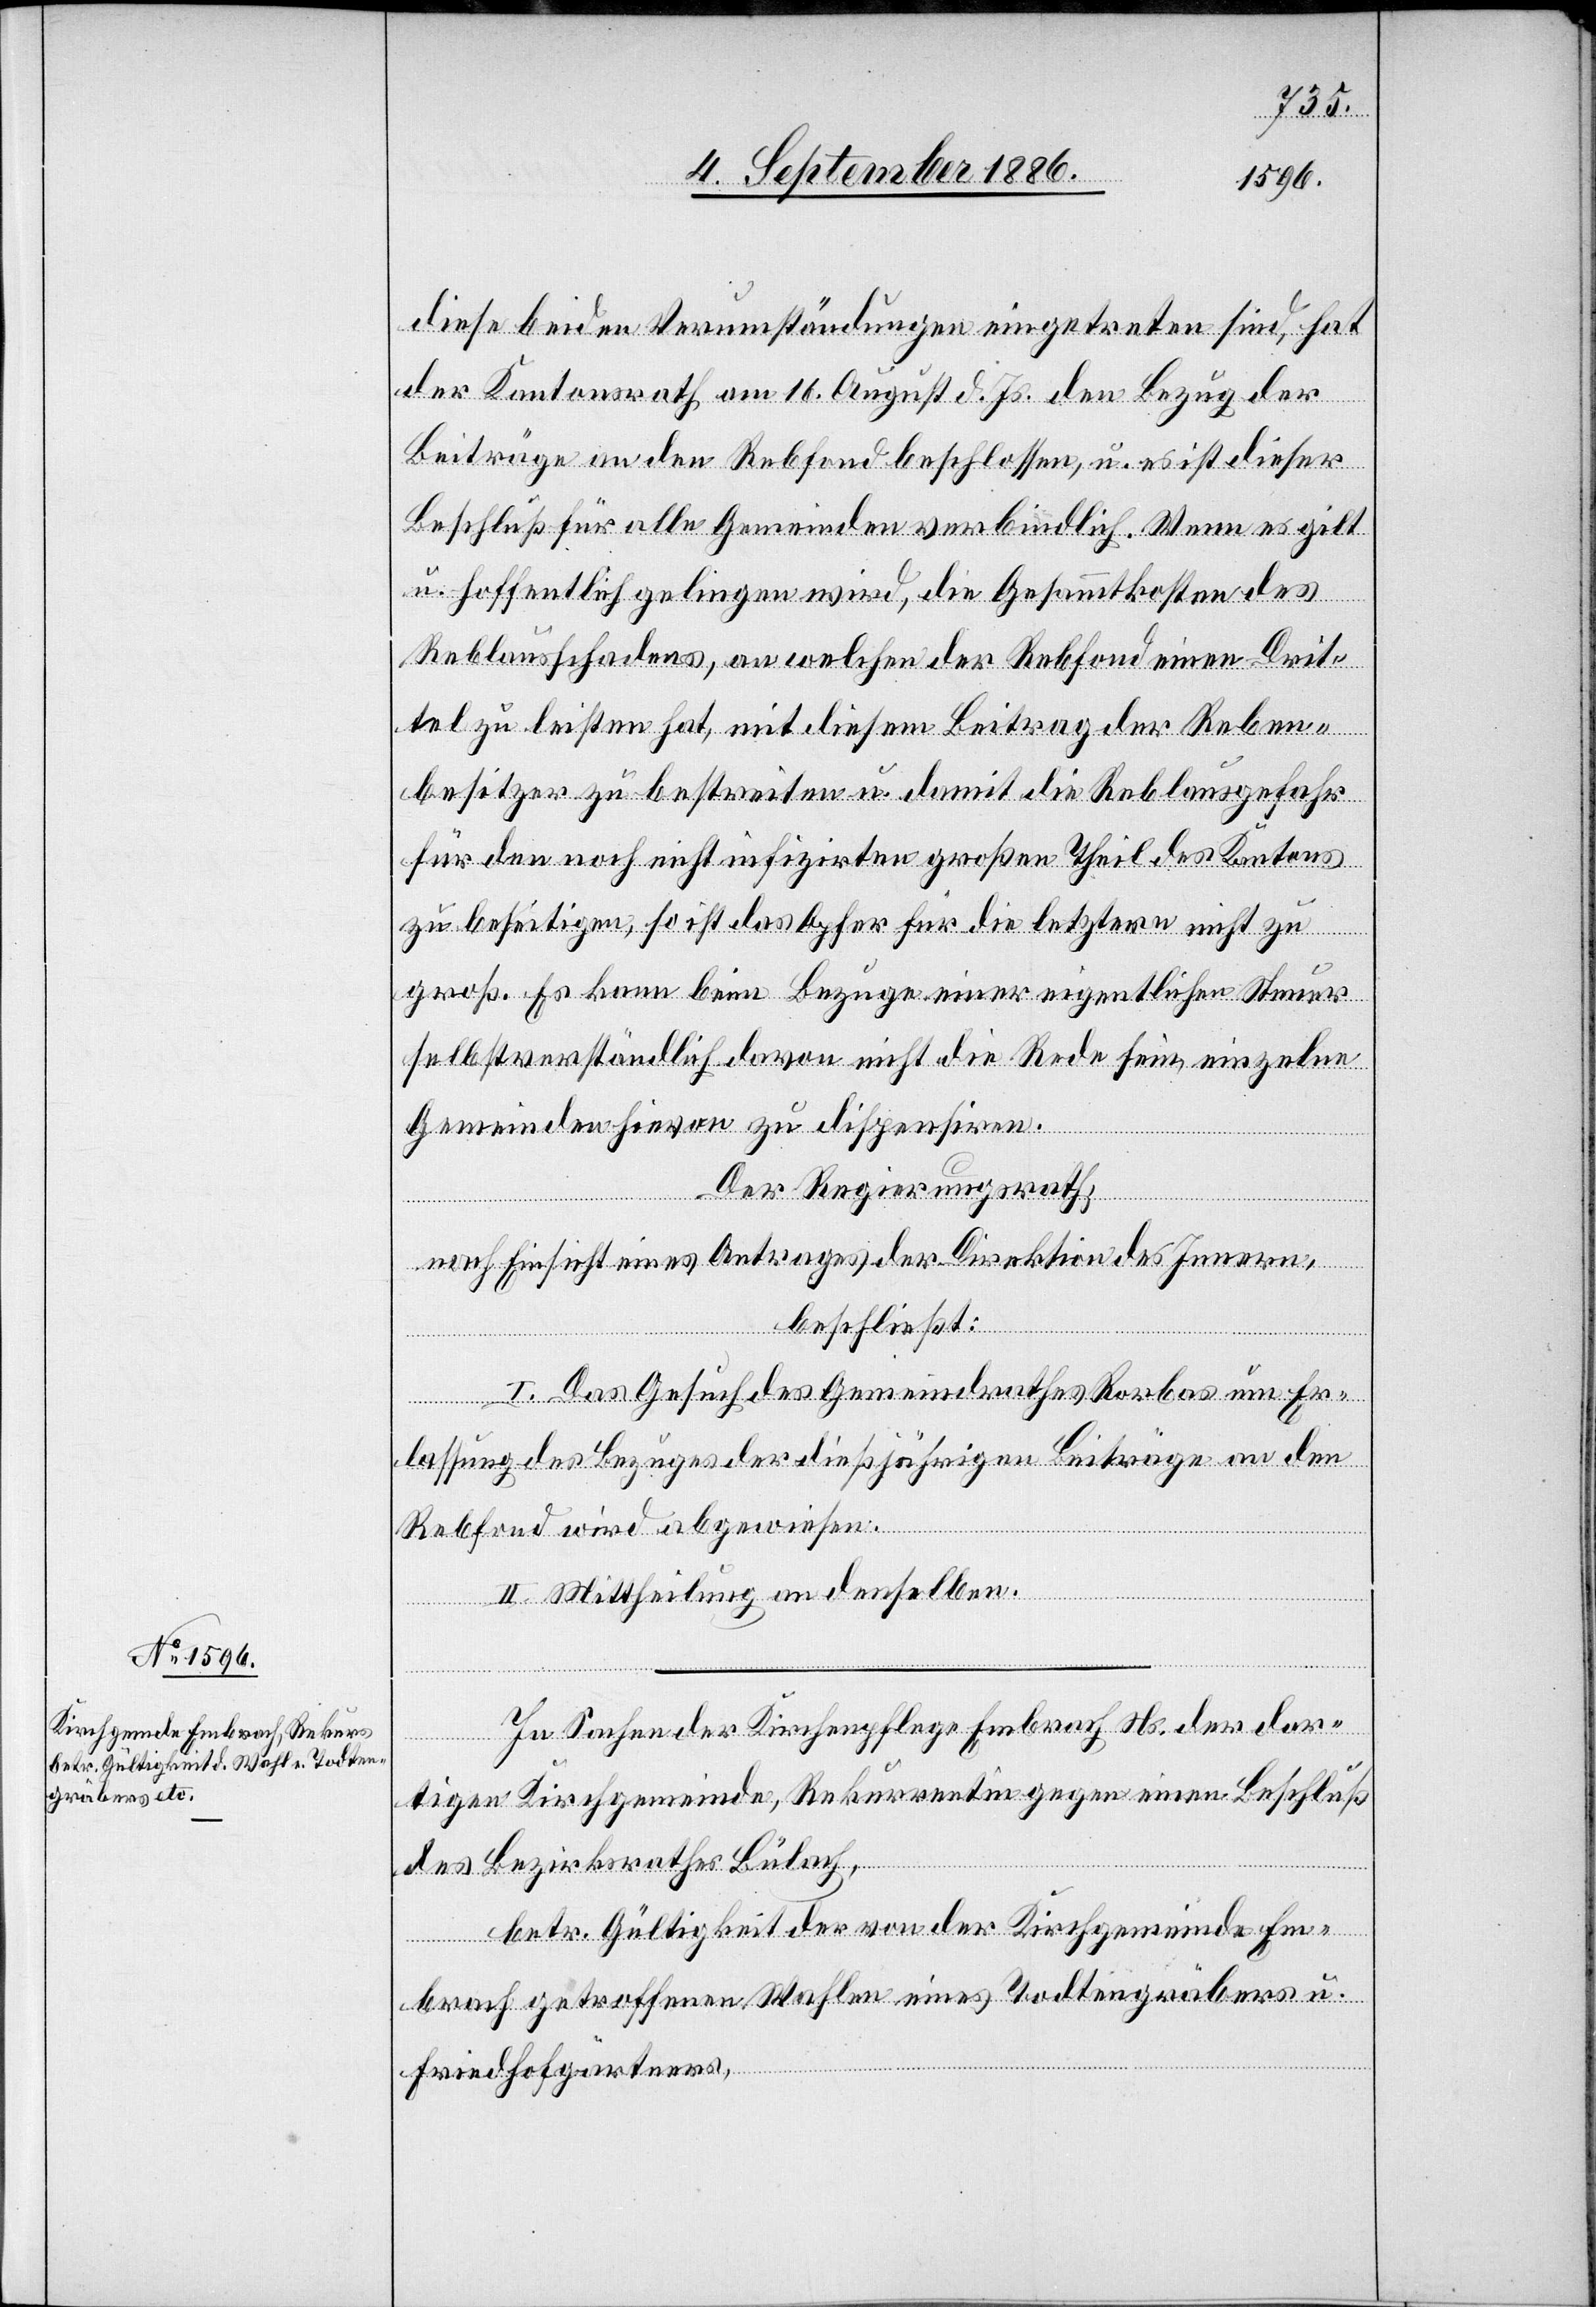
diese beiden Verumständungen eingetreten sind, hat
der Kantonsrath am 16. August d. Js. den Bezug der
Beiträge an den Rebfond beschlossen, u. es ist dieser
Beschluß für alle Gemeinden verbindlich. Wenn es gilt
u. hoffentlich gelingen wird, die Gesammtkosten des
Reblausschadens, an welchen der Rebfond einen Drit¬
tel zu leisten hat, mit diesem Beitrag der Reben¬
besitzer zu bestreiten u. damit die Reblausgefahr
für den noch nicht infizirten großen Theil des Kantons
zu beseitigen, so ist das Opfer für die letztern nicht zu
groß. Es kann beim Bezuge einer eigentlichen Steuer
selbstverständlich davon nicht die Rede sein, einzelne
Gemeinden hievon zu dispensiren.
Der Regierungsrath,
nach Einsicht eines Antrages der Direktion des Innern,
beschließt:
I. Das Gesuch des Gemeindrathes Rorbas um Er¬
lassung des Bezuges der dießjährigen Beiträge an den
Rebfond wird abgewiesen.
II. Mittheilung an denselben.
In Sachen der Kirchenpflege Embrach Ns. der dor¬
tigen Kirchgemeinde, Rekurrentin gegen einen Beschluß
des Bezirksrathes Bülach,
betr. Gültigkeit der von der Kirchgemeinde Em¬
brach getroffenen Wahlen eines Todtengräbers u.
Friedhofgärtners,